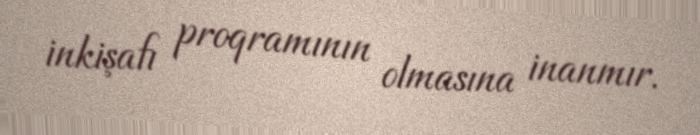
inkişafı proqramının olmasına inanmır.